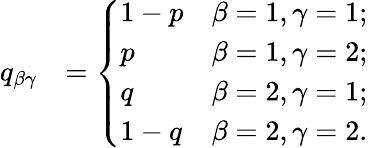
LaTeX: \begin{array}{rl}{q_{\beta\gamma}}&{=\left\{ \begin{array}{ll}{\displaystyle 1-p}&{\displaystyle\beta=1,\gamma=1;}\\ {\displaystyle p}&{\displaystyle\beta=1,\gamma=2;}\\ {\displaystyle q}&{\displaystyle\beta=2,\gamma=1;}\\ {\displaystyle 1-q}&{\displaystyle\beta=2,\gamma=2.}\end{array}\right.}\end{array}